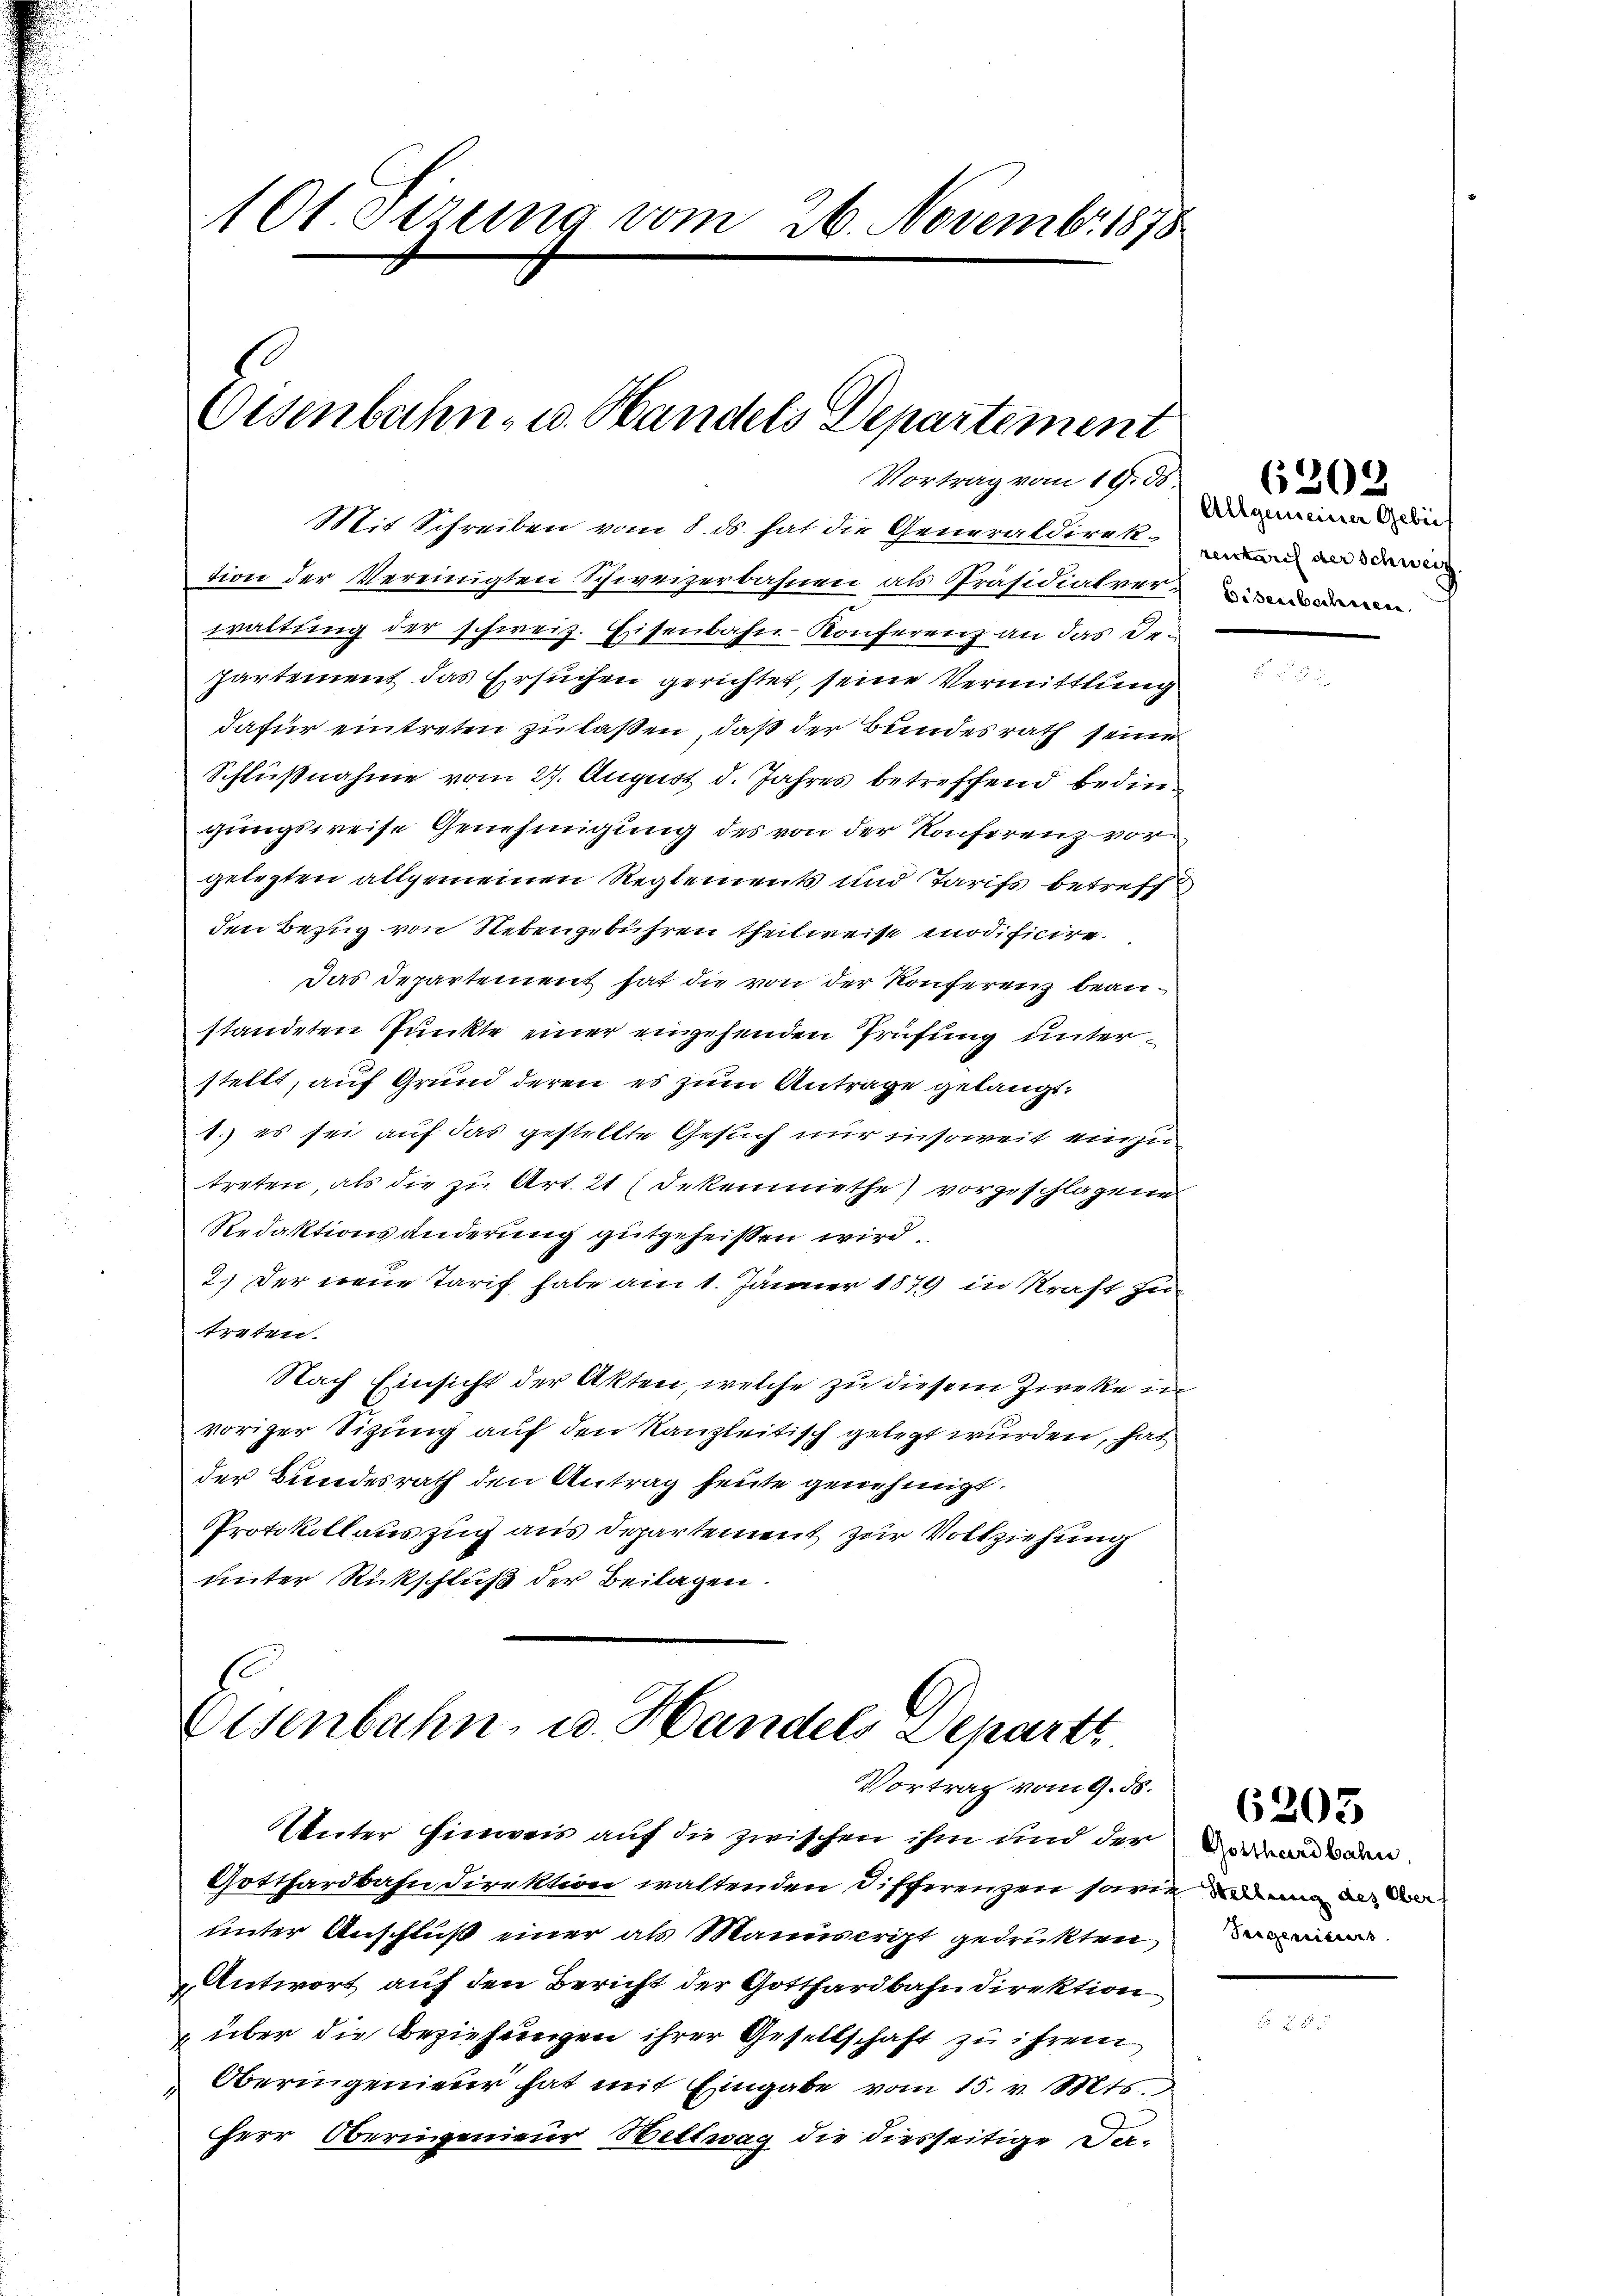
101 derung vom 26. Novembr 1878

Osenbahn- u. Handels Departement
Vortrag vom 19. ds.

Mit Schreiben vom 8. ds. hat die Generaldirekten ander
tion der Vereinigten Schweizerbahnen als Präsidialverwaltŭng der schweiz. Eisenbahn-Konferenz an das De-
partement das Ersuchen gerichtet, seine Vermittlung
dafür eintreten zu laßen, daß der Bundesrath seine
Schlußnahme vom 27. August d. Jahres betreffend bedingungsweise Genehmigung des von der Konferenz vorgelegten allgemeinen Reglements und Tarifs betreff
den Bezug von Nebengebühren theilweise modificire
Das Departement hat die von der Konferenz beanstandeten Punkte einer eingehenden Prüfung unterstellt, auf Grund deren es zum Antrage gelangt.
1.) es sei auf das gestellte Gesuch nur insoweit einzu
treten, als die zu Art. 21 (Dekenmiethe) vorgeschlagene
Redaktionsänderung gutgeheissen wird.
2.) Der neue Tarif habe am 1. Jänner 1879 in Kraft zu
rpten.
Nach Einsicht der Akten, welche zu diesem Zirke in
voriger Sitzung auf den Kanzleitisch gelegt wurden, hat
der Bundesrath den Antrag heute genehmigt.
Protokollauszug aus Departement zur Vollziehung
unter Rückschluß der Beilagen.

Eisenbahn, u. Handels Departt
Vortrag vom 9. ds.

Unter Hinweis auf die zwischen ihm und der
Gotthardbahn Direktion waltenden Differenzen sowie und an da de
unter Anschluß einer als Manuscript gedrukten
 Antwort auf den Bericht der Gotthardbahndirektion
 über die Beziehungen ihrer Gesellschaft zu ihrem
Oberingenieur hat mit Eingabe vom 15. v. Mts.
Herr Obernigenieur Bettwag die diesseitige De¬

Allgemeiner Gebiet
Disenbechiseen

6202

Gotthardbahn,
Teigereitsers

6205